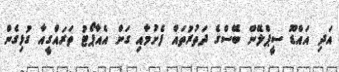
އަދި އައްޑޫ ސީޕްލޭން ބޭސްގެ ދަތުރުތައް ފެށުމާއި ގަން އެއާޕޯޓު ތަރައްގީއާ ގުޅިގެން